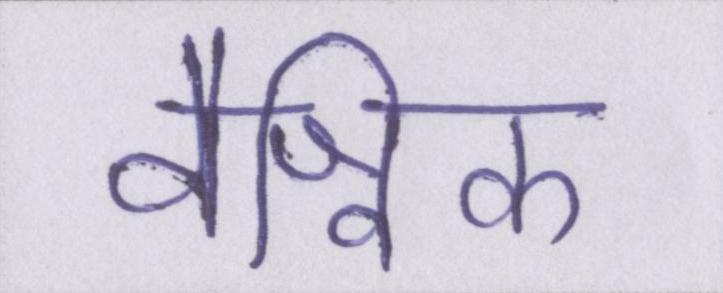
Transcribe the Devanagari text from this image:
वैश्विक